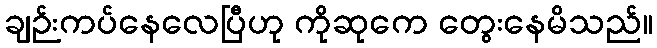
ချဉ်းကပ်နေလေပြီဟု ကိုဆုကေ တွေးနေမိသည်။